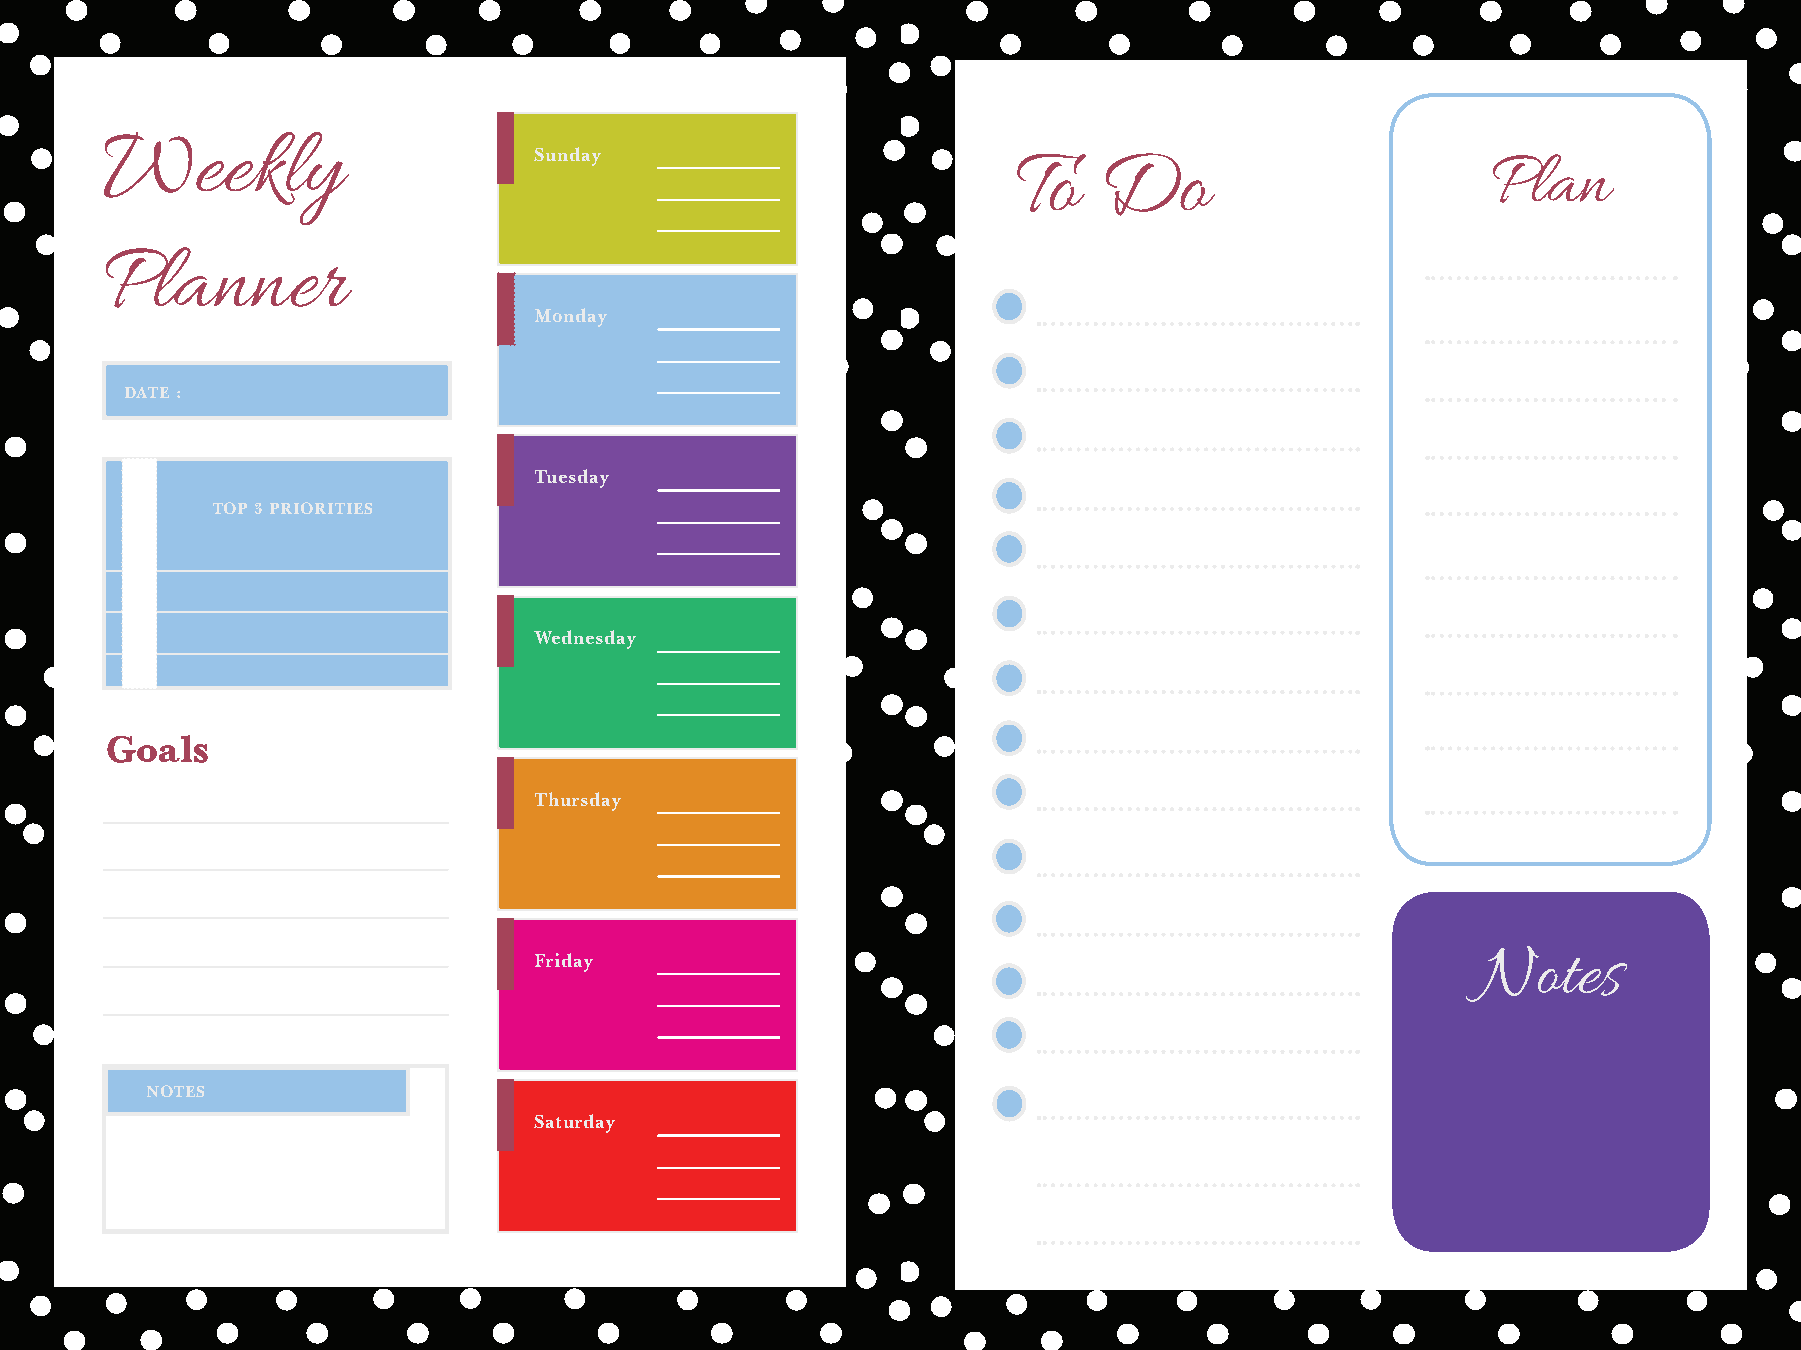
Weekly
 Sunday
 To    Do                        Plan
 Planner
 Monday
 DATE :
 Tuesday
 TOP 3 PRIORITIES
 Wednesday
 Goals
 Thursday
 Friday                                                         Notes
 NOTES
 Saturday